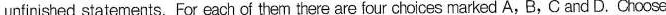
unfinished statements. for each of them there are four choces marked A, B, C and D.Choose